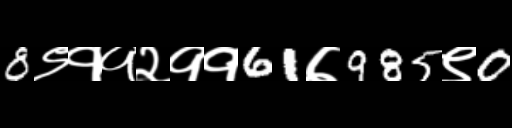
Text: 8९११२११61७985९0